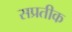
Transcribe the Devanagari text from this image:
सप्रतीक